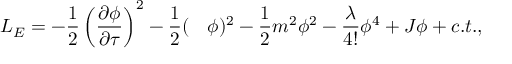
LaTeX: { \cal L } _ { E } = - \frac { 1 } { 2 } \left( \frac { \partial \phi } { \partial \tau } \right) ^ { 2 } - \frac { 1 } { 2 } ( \mathrm { \boldmath ~ \nabla ~ } \phi ) ^ { 2 } - \frac { 1 } { 2 } m ^ { 2 } \phi ^ { 2 } - \frac { \lambda } { 4 ! } \phi ^ { 4 } + J \phi + c . t . ,